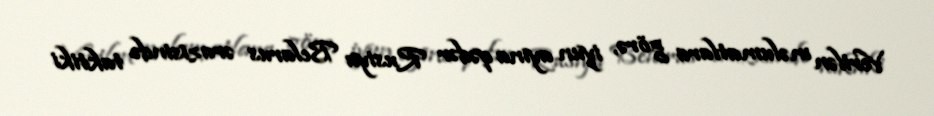
Verilən məlumatlara görə, iyun ayına qədər Rusiya Belarus ərazisində taktiki